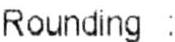
ROUNDING :